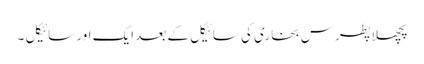
پچھلا پطرس بخاری کی سائیکل کے بعد ایک اور سائیکل ۔